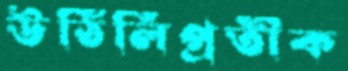
উঠিলিপ্রতীক